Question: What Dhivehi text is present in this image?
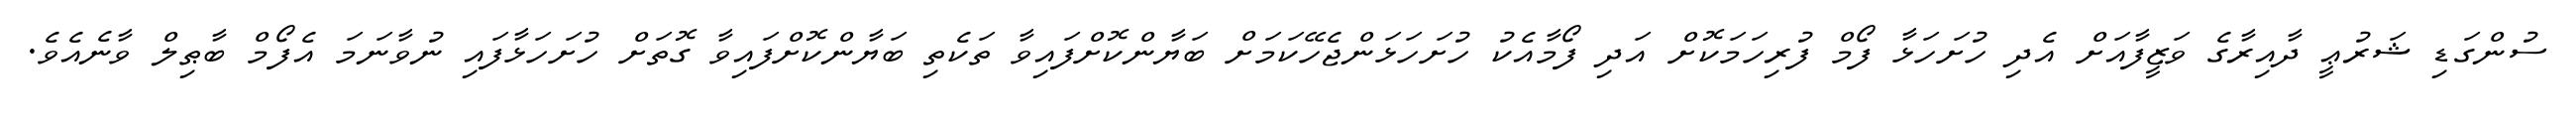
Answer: ސުންގަޑި ޝަރުޢީ ދާއިރާގެ ވަޒީފާއަށް އެދި ހުށަހަޅާ ފޯމް ފުރިހަމަކޮށް އަދި ފޯމާއެކު ހުށަހަޅަންޖެހޭކަމަށް ބަޔާންކޮށްފައިވާ ތަކެތި ބަޔާންކޮށްފައިވާ ގޮތަށް ހުށަހަޅާފައި ނުވާނަމަ އެފޯމް ބާޠިލް ވާނެއެވެ.